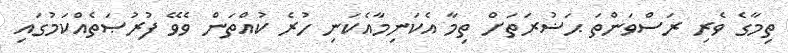
ތިމާގެ ވެރި ރަސްވަންތަ ޙަޟުރަތަށް ތިމާ އެކަނިމާއެކަނި ހުރެ ކުއްތަން ވެވޭ ފުރުޞަތެއްކަމުގައި